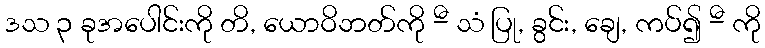
ဒသ ၃ ခုအပေါင်းကို တိ, ယောဝိဘတ်ကို -ီ သံ ပြု, ခွင်း, ချေ, ကပ်၍ -ီ ကို